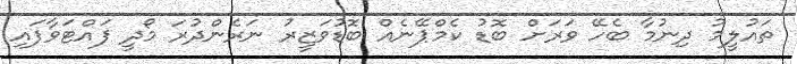
ތައުލީމު ދިނުމާ ބެހޭ ވަރަށް ބޮޑު ކެމްޕޭނެއް ބޮޑުވަޒީރު ނަރެންދުރަ މޯދީ ފައްޓަވާފައި